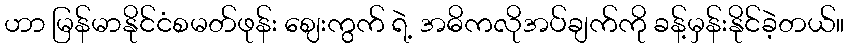
ဟာ မြန်မာနိုင်ငံစမတ်ဖုန်း ဈေးကွက် ရဲ့ အဓိကလိုအပ်ချက်ကို ခန့်မှန်းနိုင်ခဲ့တယ်။